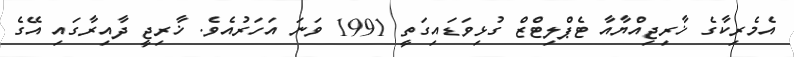
އެމެރިކާގެ ޚާރިޖިއްޔާއާ ޓެޕްލިޓްޒް ގުޅިވަޑައިގަތީ 1991 ވަނަ އަހަރުއެވެ. ޚާރިޖީ ދާއިރާގައި އޭގެ